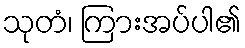
သုတံ၊ ကြားအပ်ပါ၏